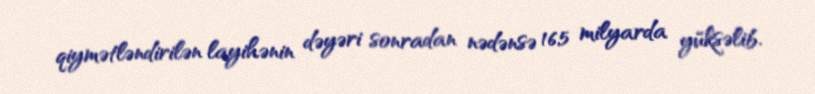
qiymətləndirilən layihənin dəyəri sonradan nədənsə 16,5 milyarda yüksəlib.